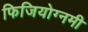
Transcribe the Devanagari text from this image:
फिजियोग्नमी